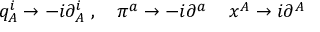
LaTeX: q _ { A } ^ { i } \rightarrow - i \partial _ { A } ^ { i } \ , \quad \pi ^ { a } \rightarrow - i \partial ^ { a } \, \quad x ^ { A } \rightarrow i \partial ^ { A }